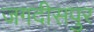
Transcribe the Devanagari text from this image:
जगदीसपुर